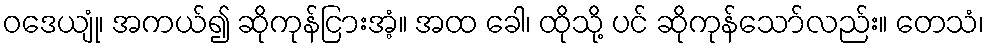
ဝဒေယျုံ၊ အကယ်၍ ဆိုကုန်ငြားအံ့။ အထ ခေါ၊ ထိုသို့ ပင် ဆိုကုန်သော်လည်း။ တေသံ၊